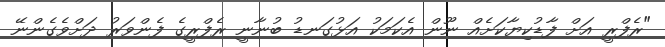
"ރެފްރީ އަށް ފާޑުކިޔާކަށެއް ނޫން އެކަމަކު އަޅުގަނޑު ބުނާނީ ރެފްރީގެ ފެންވަރު ދަށްވެގެންނޭ